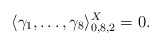
\begin{align*} \langle \gamma_1,\dots,\gamma_8\rangle_{0,8,2}^X=0. \end{align*}